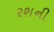
રશની